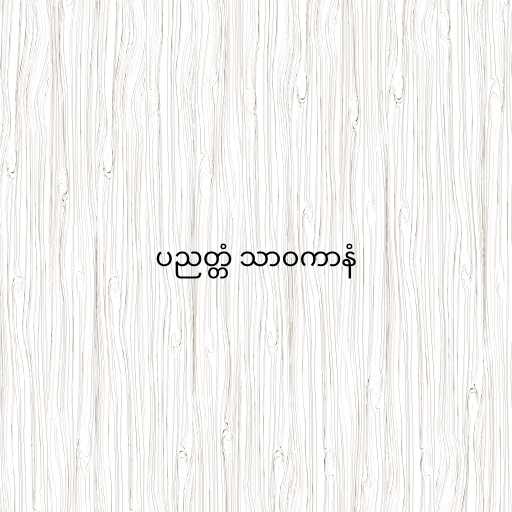
ပညတ္တံ သာဝကာနံ